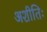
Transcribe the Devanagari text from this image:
अशीतिः